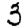
Digit: 3